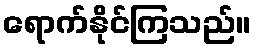
ရောက်နိုင်ကြသည်။